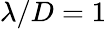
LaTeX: \lambda/D=1